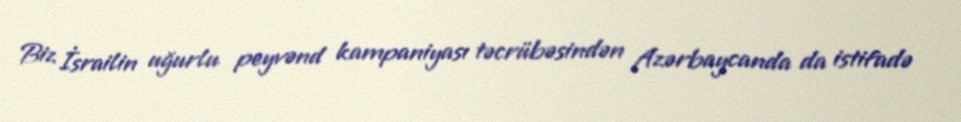
Biz İsrailin uğurlu peyvənd kampaniyası təcrübəsindən Azərbaycanda da istifadə